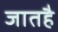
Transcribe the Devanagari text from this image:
जातहै